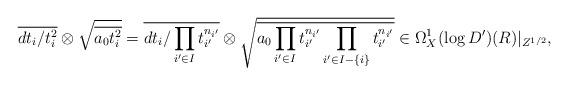
LaTeX: \begin{align*}\overline{dt_{i}/t_{i}^{2}}\otimes \sqrt{\overline{a_{0}t_{i}^{2}}}=\overline{dt_{i}/\prod_{i'\in I}t_{i'}^{n_{i'}}}\otimes \sqrt{\overline{a_{0}\prod_{i'\in I}t_{i'}^{n_{i'}}\prod_{i'\in I-\{i\}}t_{i'}^{n_{i'}}}}\in \Omega_{X}^{1}(\log D')(R)|_{Z^{1/2}}, \end{align*}